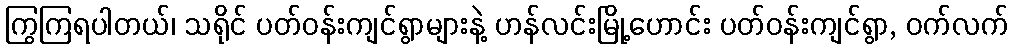
ကြွကြရပါတယ်၊ သရိုင် ပတ်ဝန်းကျင်ရွာများနဲ့ ဟန်လင်းမြို့ဟောင်း ပတ်ဝန်းကျင်ရွာ, ဝက်လက်